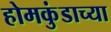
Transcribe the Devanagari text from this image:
होमकुंडाच्या